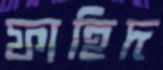
ফাহিদ